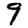
Digit: 9